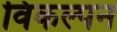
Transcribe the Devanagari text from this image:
विकल्पन